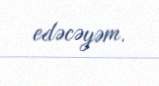
edəcəyəm.